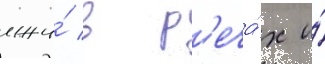
лжи́ в р'еча́х и́